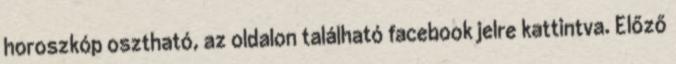
horoszkóp osztható, az oldalon található facebook jelre kattintva. Előző